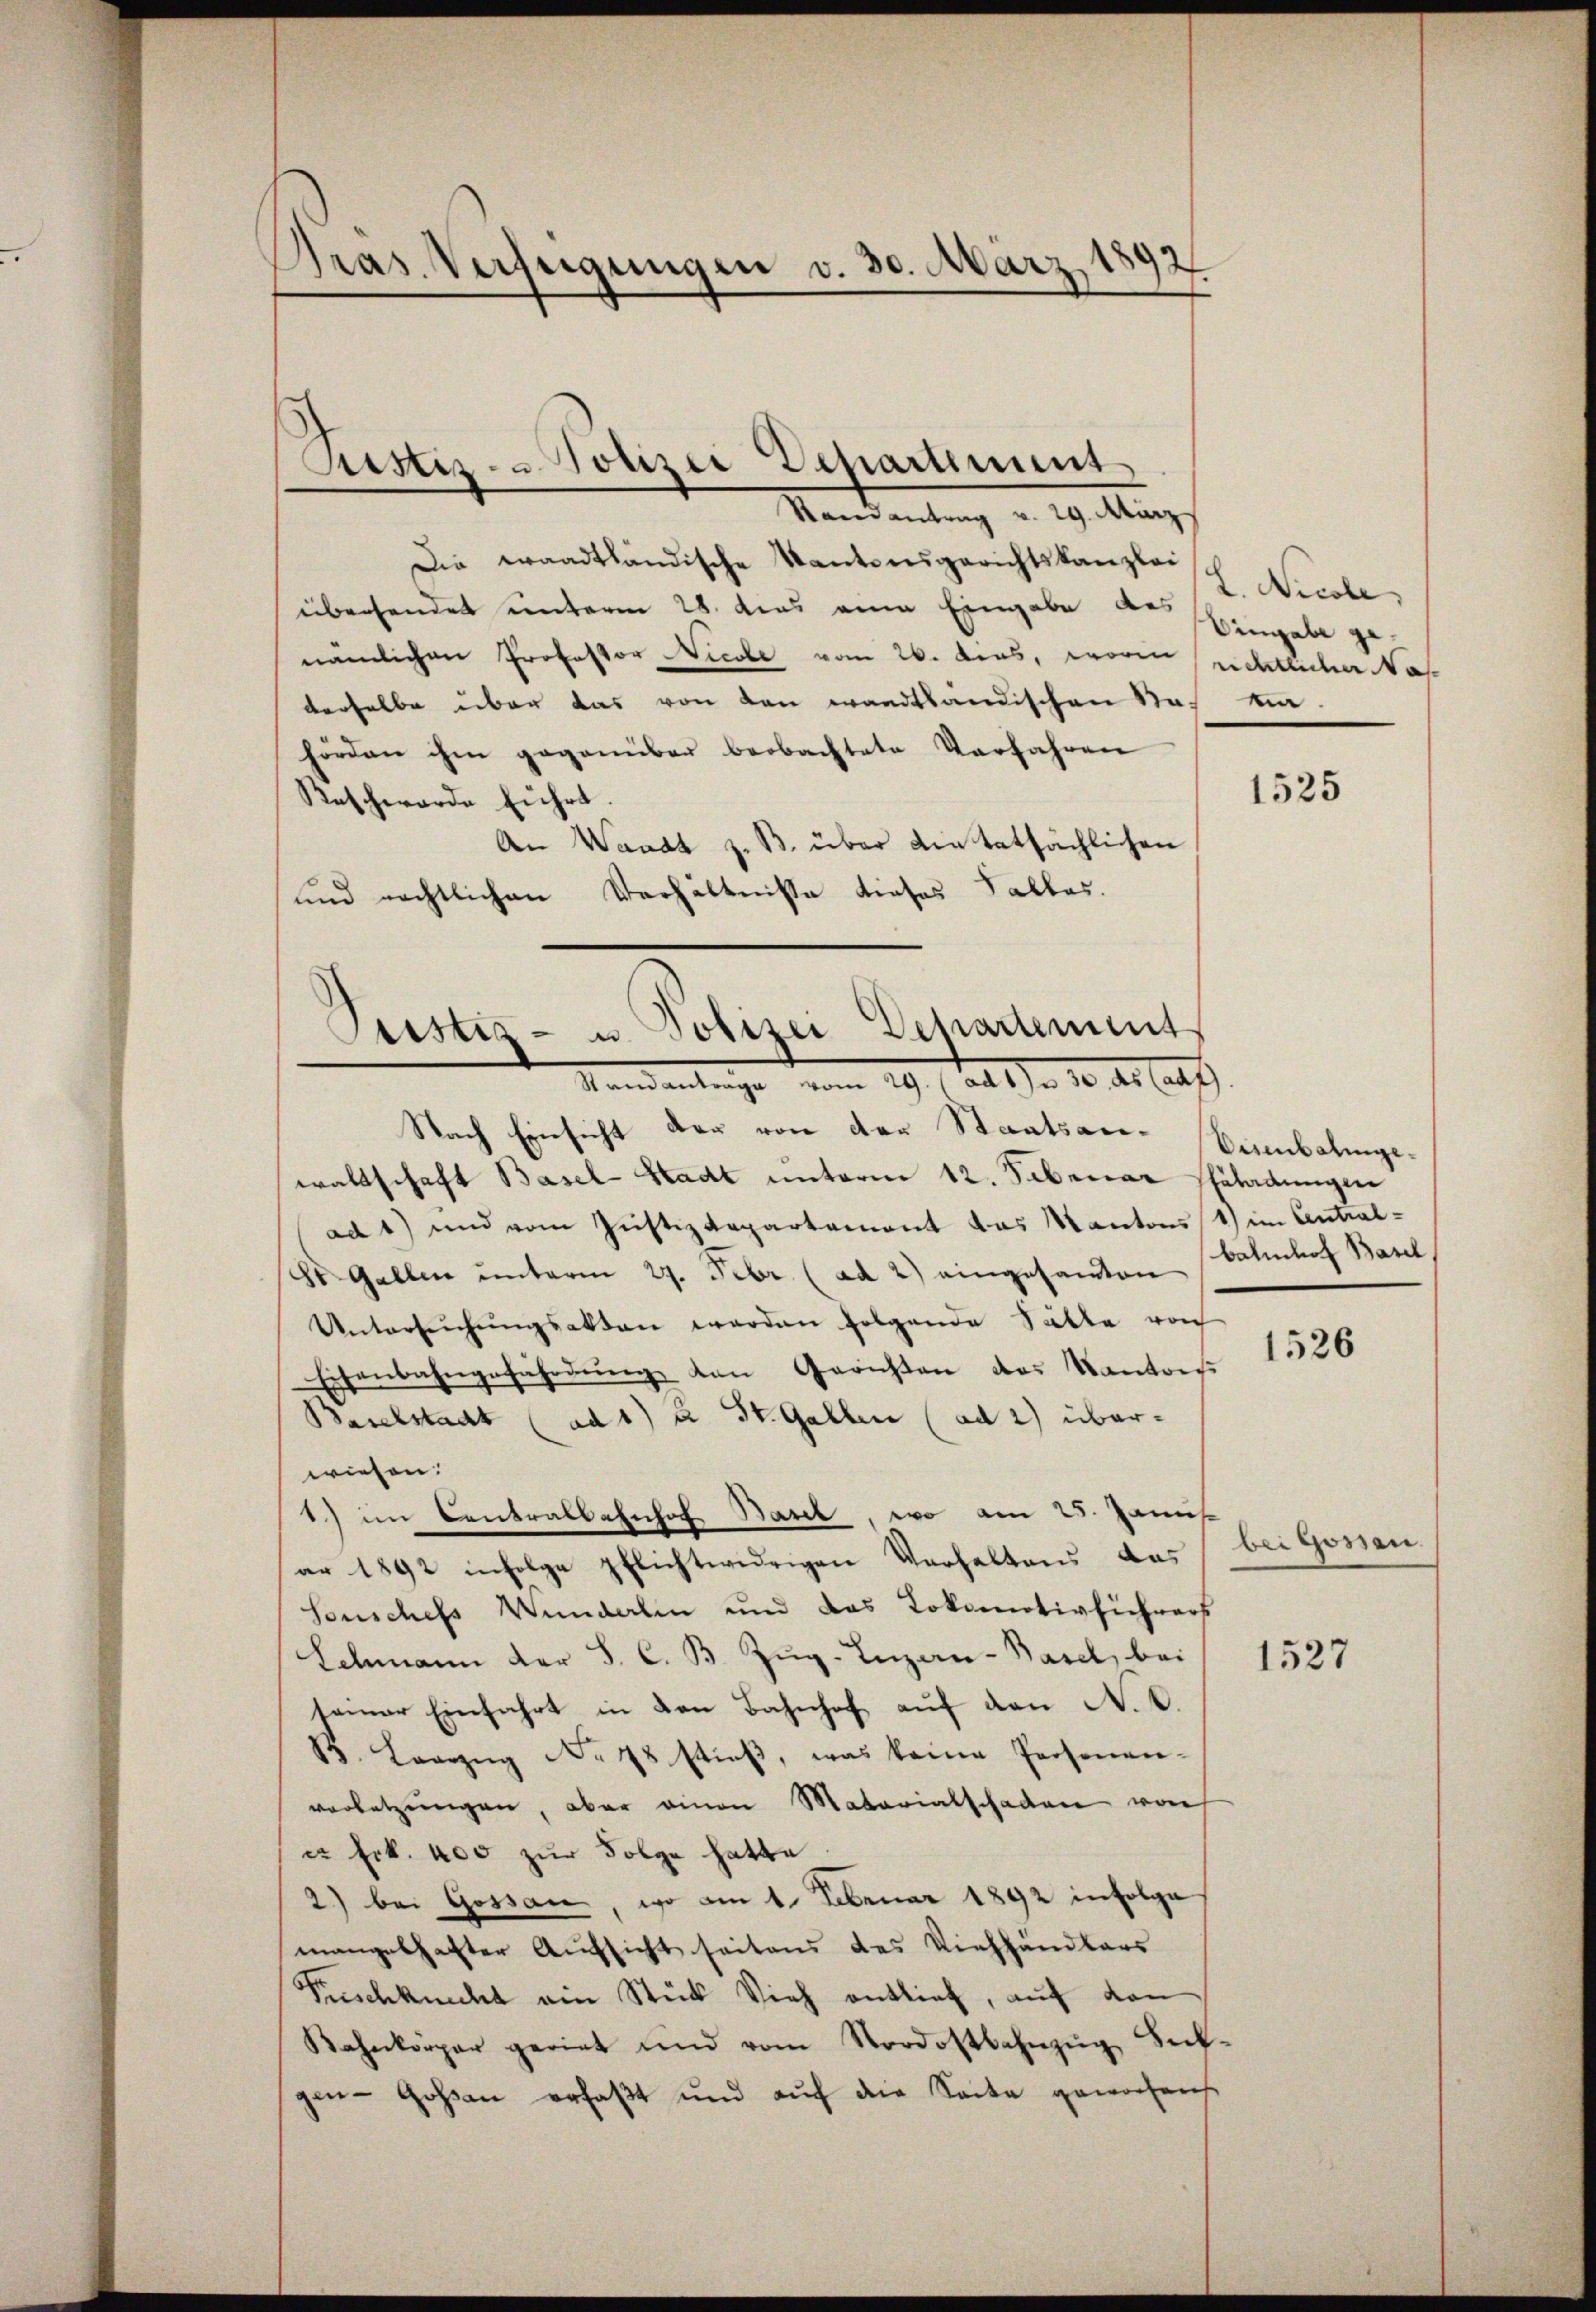
Pras. Verfügungen v. 30. März 1892

Die waadtländische Kantonsgerichtskanzlei
überhandet unterm 28. des eine Eingabe des
nämlichen Professor Nicole vom 26. das, worin richtlicher Nas
derselbe über das von den wandtländischen Nach ein-
hörden ihm gegenüber beobachtete Verfahren
Reschworde führt.
An Waadt z. B. über die tatsächlichen
und rechtlichen Verhältnisse dieses Salles.
Nach Einsicht der von der Staatsaec- Bambalingewaltschaft Basel-Stadt unterm 12. Februar Guladungen
ad 1) und vom Justizdepartement das Kantons 1) im Antral¬
St. Gallen unterm 27. Febr. (ad 2) eingesamten Bahnhof Basel
Untersŭchŭngsakten werden folgende Sätte von
Eisenbahngefährdŭng den Gerichten des Kantons
Baselstadt (ad 1) u St. Gallen (ad 2) überwiesen.
1) im Centralbahnhof Basel, wo am 25. Janus
ar 1892 infolge pflichtwidrigen Verhaltens das
Seuschefs Wunderlin und das Lokomotivfiehrers
Schmann der S. C. B. Zŭg-Inzan-Basel, bei
1527
seiner Einfahrt in den Bahnhof auf den N. O.
R. Lorzŭg No 78 stieβ, was keine Personen-
verletzungen, aber einen Matariatschaden von
a Frk. 400 zur Folge hatte
2) bei Gossan, wo am 1. Februar 1892 infolge
mangelhafter Aufsicht seitens des Viehhändlers
Frischknecht ein Stük Vieh entlief, auf den
Kahnkörper geriet und vom Nordostbahnzŭg Sak-
gen- Goßau erfaßt und aŭf die Seite gewochens.

Ristiz- & Polizei Departement
Randantrag v. 29. März

Sistiz- u. Polizei Departement
Standentrage vom 29. ad 1. Ja 30 des (aus

L. Nicole
Eingabe ge¬

1525

1526

bei Gossau.